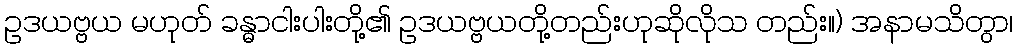
ဥဒယဗ္ဗယ မဟုတ် ခန္ဓာငါးပါးတို့၏ ဥဒယဗ္ဗယတို့တည်းဟုဆိုလိုသ တည်း။) အနာမသိတွာ၊